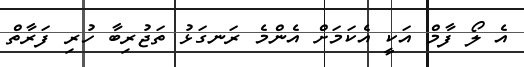
އެ ލޯ ފާމް އަކީ އެކަމަށް އެންމެ ރަނގަޅު ތަޖުރިބާ ހުރި ފަރާތް